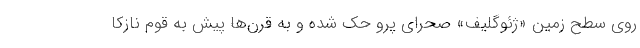
روی سطح زمین «ژئوگلیف» صحرای پرو حک شده و به قرن‌ها پیش به قوم نازکا